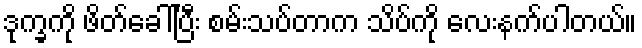
ဒုက္ခကို ဖိတ်ခေါ်ပြီး စမ်းသပ်တာက သိပ်ကို လေးနက်ပါတယ်။